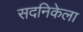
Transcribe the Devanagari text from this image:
सदनिकेला